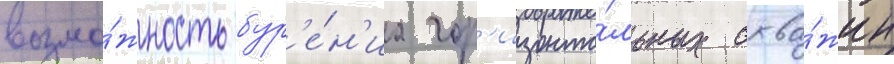
возмо́жность бур'е́н'иа гор'изонта́льных сква́жин